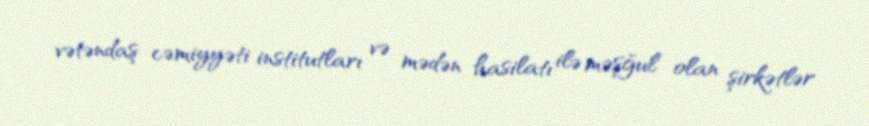
vətəndaş cəmiyyəti institutları və mədən hasilatı ilə məşğul olan şirkətlər